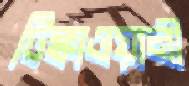
টিক্কাওয়ালী